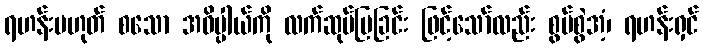
ရဟန်းမဟုတ် စသော အဓိပ္ပါယ်ကို လက်ဆုပ်ပြခြင်း ဖြင့်သော်လည်း စွပ်စွဲအံ့၊ ရဟန်းရှင်